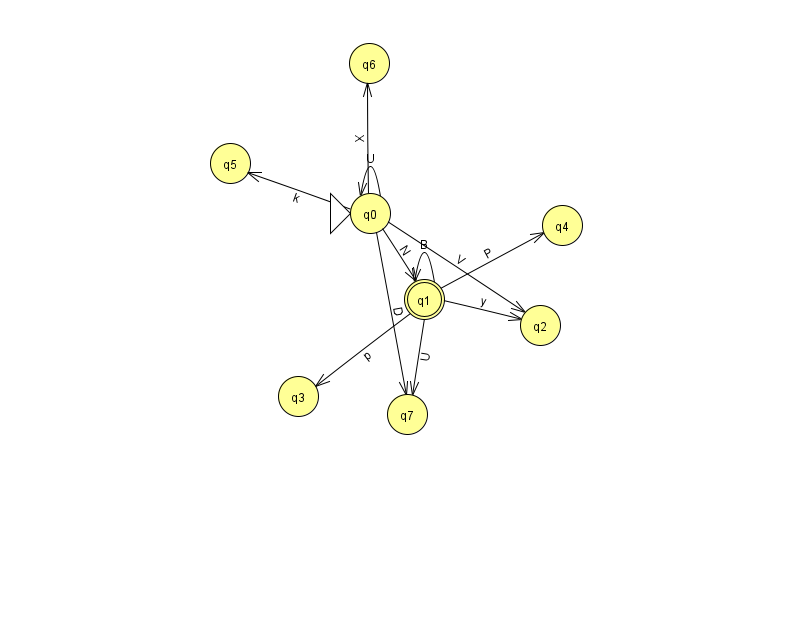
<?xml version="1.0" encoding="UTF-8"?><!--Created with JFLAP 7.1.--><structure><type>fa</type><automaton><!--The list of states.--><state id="0" name="q0"><x>370.0</x><y>200.0</y><initial/></state><state id="1" name="q1"><x>424.0</x><y>286.0</y><final/></state><state id="2" name="q2"><x>540.0</x><y>312.0</y></state><state id="3" name="q3"><x>298.0</x><y>383.0</y></state><state id="4" name="q4"><x>562.0</x><y>212.0</y></state><state id="5" name="q5"><x>230.0</x><y>150.0</y></state><state id="6" name="q6"><x>369.0</x><y>50.0</y></state><state id="7" name="q7"><x>407.0</x><y>401.0</y></state><!--The list of transitions.--><transition><from>1</from><to>2</to><read>y</read></transition><transition><from>1</from><to>1</to><read>B</read></transition><transition><from>0</from><to>7</to><read>D</read></transition><transition><from>0</from><to>0</to><read>U</read></transition><transition><from>0</from><to>1</to><read>N</read></transition><transition><from>0</from><to>2</to><read>V</read></transition><transition><from>0</from><to>6</to><read>X</read></transition><transition><from>1</from><to>7</to><read>U</read></transition><transition><from>1</from><to>3</to><read>p</read></transition><transition><from>1</from><to>4</to><read>P</read></transition><transition><from>0</from><to>5</to><read>k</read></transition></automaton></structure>